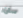
سان